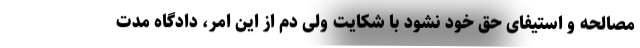
مصالحه و استیفای حق خود نشود با شکایت ولی دم از این امر، دادگاه مدت